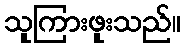
သူကြားဖူးသည်။